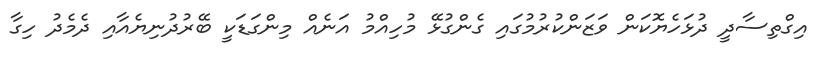
އިގްތިސާދީ ދުޅަހެޔޮކަން ވަޒަންކުރުމުގައި ގެންގުޅޭ މުހިއްމު އަނެއް މިންގަޑަކީ ބޭރުދުނިޔެއާއި ދެމެދު ހިގާ